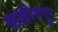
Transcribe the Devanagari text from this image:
ळखीमपुर